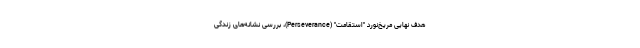
هدف نهایی مریخ‌نورد "استقامت" (Perseverance)، بررسی نشانه‌های زندگی